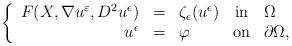
\begin{align*} \left\{\begin{array}{rclcl}F(X, \nabla u^{\varepsilon}, D^2 u^{\epsilon}) &=& \zeta_{\epsilon}(u^{\epsilon}) & \mbox{in} & \Omega\\u^{\epsilon} &=&\varphi & \mbox{on} & \partial \Omega,\end{array}\right.\end{align*}